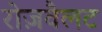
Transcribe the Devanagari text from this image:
रोज़वैलट